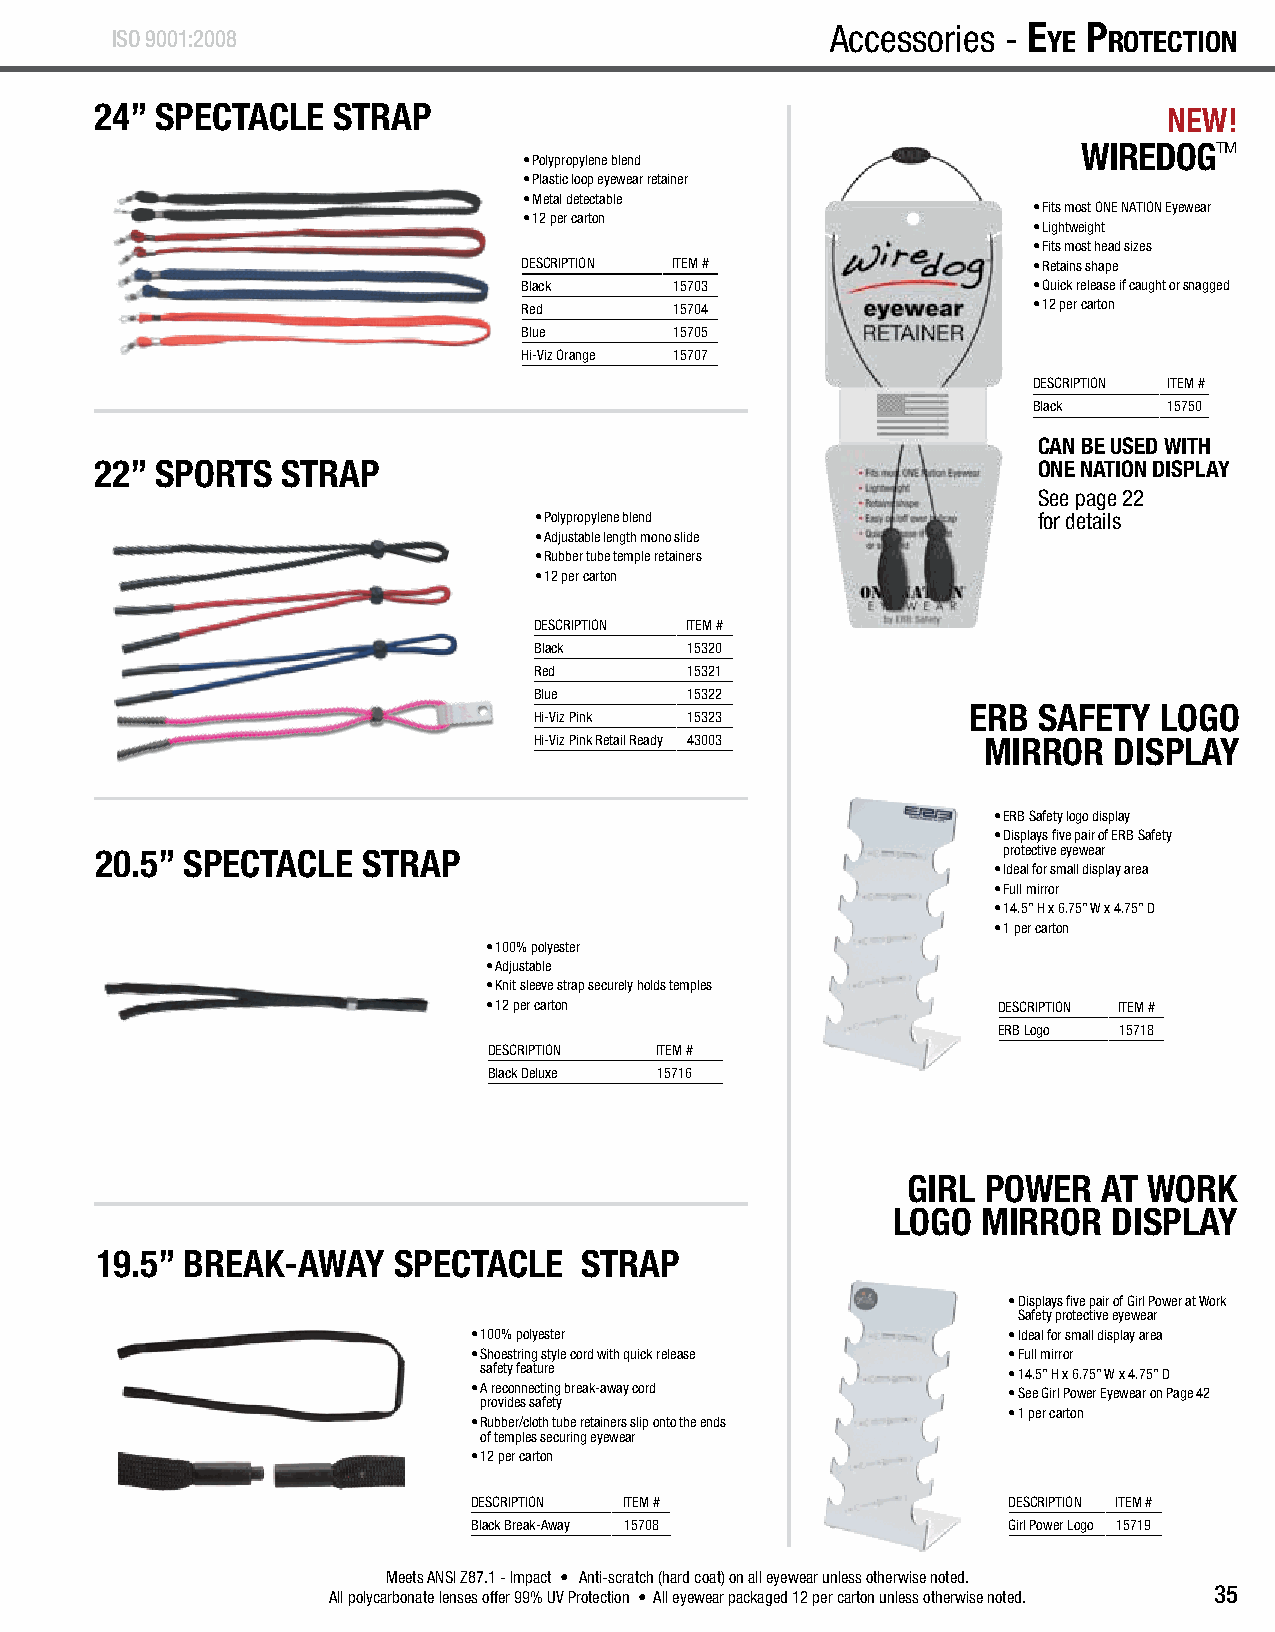
E yE P rotEction - Accessories ISO 9001:2008           Accessories - E yE P rotEction
 24” SPECTACLE   STRAP                                                  NEW!
 WIREDOGTM
 • Polypropylene blend
 • Plastic loop eyewear retainer
 • Metal detectable
 • Fits most ONE NATION Eyewear
 • 12 per carton
 • Lightweight
 • Fits most head sizes
 DESCRIPTION ITEM #               • Retains shape
 Black     15703                  • Quick release if caught or snagged
 Red       15704                  • 12 per carton
 Blue      15705
 Hi-Viz Orange 15707
 DESCRIPTION ITEM #
 Black    15750
 CAN BE USED WITH
 22” SPORTS   STRAP                                             ONE NATION DISPLAY
 See page 22
 • Polypropylene blend             for details
 • Adjustable length mono slide
 • Rubber tube temple retainers
 • 12 per carton
 DESCRIPTION ITEM #
 Black     15320
 Red       15321
 Blue      15322
 ERB  SAFETY  LOGO
 Hi-Viz Pink 15323
 Hi-Viz Pink Retail Ready 43003 MIRROR  DISPLAY
 • ERB Safety logo display
 • Displays five pair of ERB Safety
 20.5” SPECTACLE   STRAP                                     protective eyewear
 • Ideal for small display area
 • Full mirror
 • 14.5” H x 6.75” W x 4.75” D
 • 1 per carton
 • 100% polyester
 • Adjustable
 • Knit sleeve strap securely holds temples
 • 12 per carton                   DESCRIPTION ITEM #
 ERB Logo 15718
 DESCRIPTION ITEM #
 Black Deluxe 15716
 GIRL POWER   AT WORK
 LOGO  MIRROR   DISPLAY
 19.5” BREAK-AWAY    SPECTACLE   STRAP
 • Displays five pair of Girl Power at Work
 Safety protective eyewear
 • 100% polyester                    • Ideal for small display area
 • Shoestring style cord with quick release • Full mirror
 safety feature                     • 14.5” H x 6.75” W x 4.75” D
 • A reconnecting break-away cord    • See Girl Power Eyewear on Page 42
 provides safety
 • 1 per carton
 • Rubber/cloth tube retainers slip onto the ends
 of temples securing eyewear
 • 12 per carton
 DESCRIPTION ITEM #                  DESCRIPTION ITEM #
 Black Break-Away 15708              Girl Power Logo 15719
 Meets ANSI Z87.1 - Impact • Anti-scratch (hard coat) on all eyewear unless otherwise noted.
 35
 All polycarbonate lenses offer 99% UV Protection • All eyewear packaged 12 per carton unless otherwise noted.